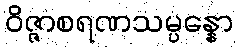
ဝိဇ္ဇာစရဏသမ္ပန္နော